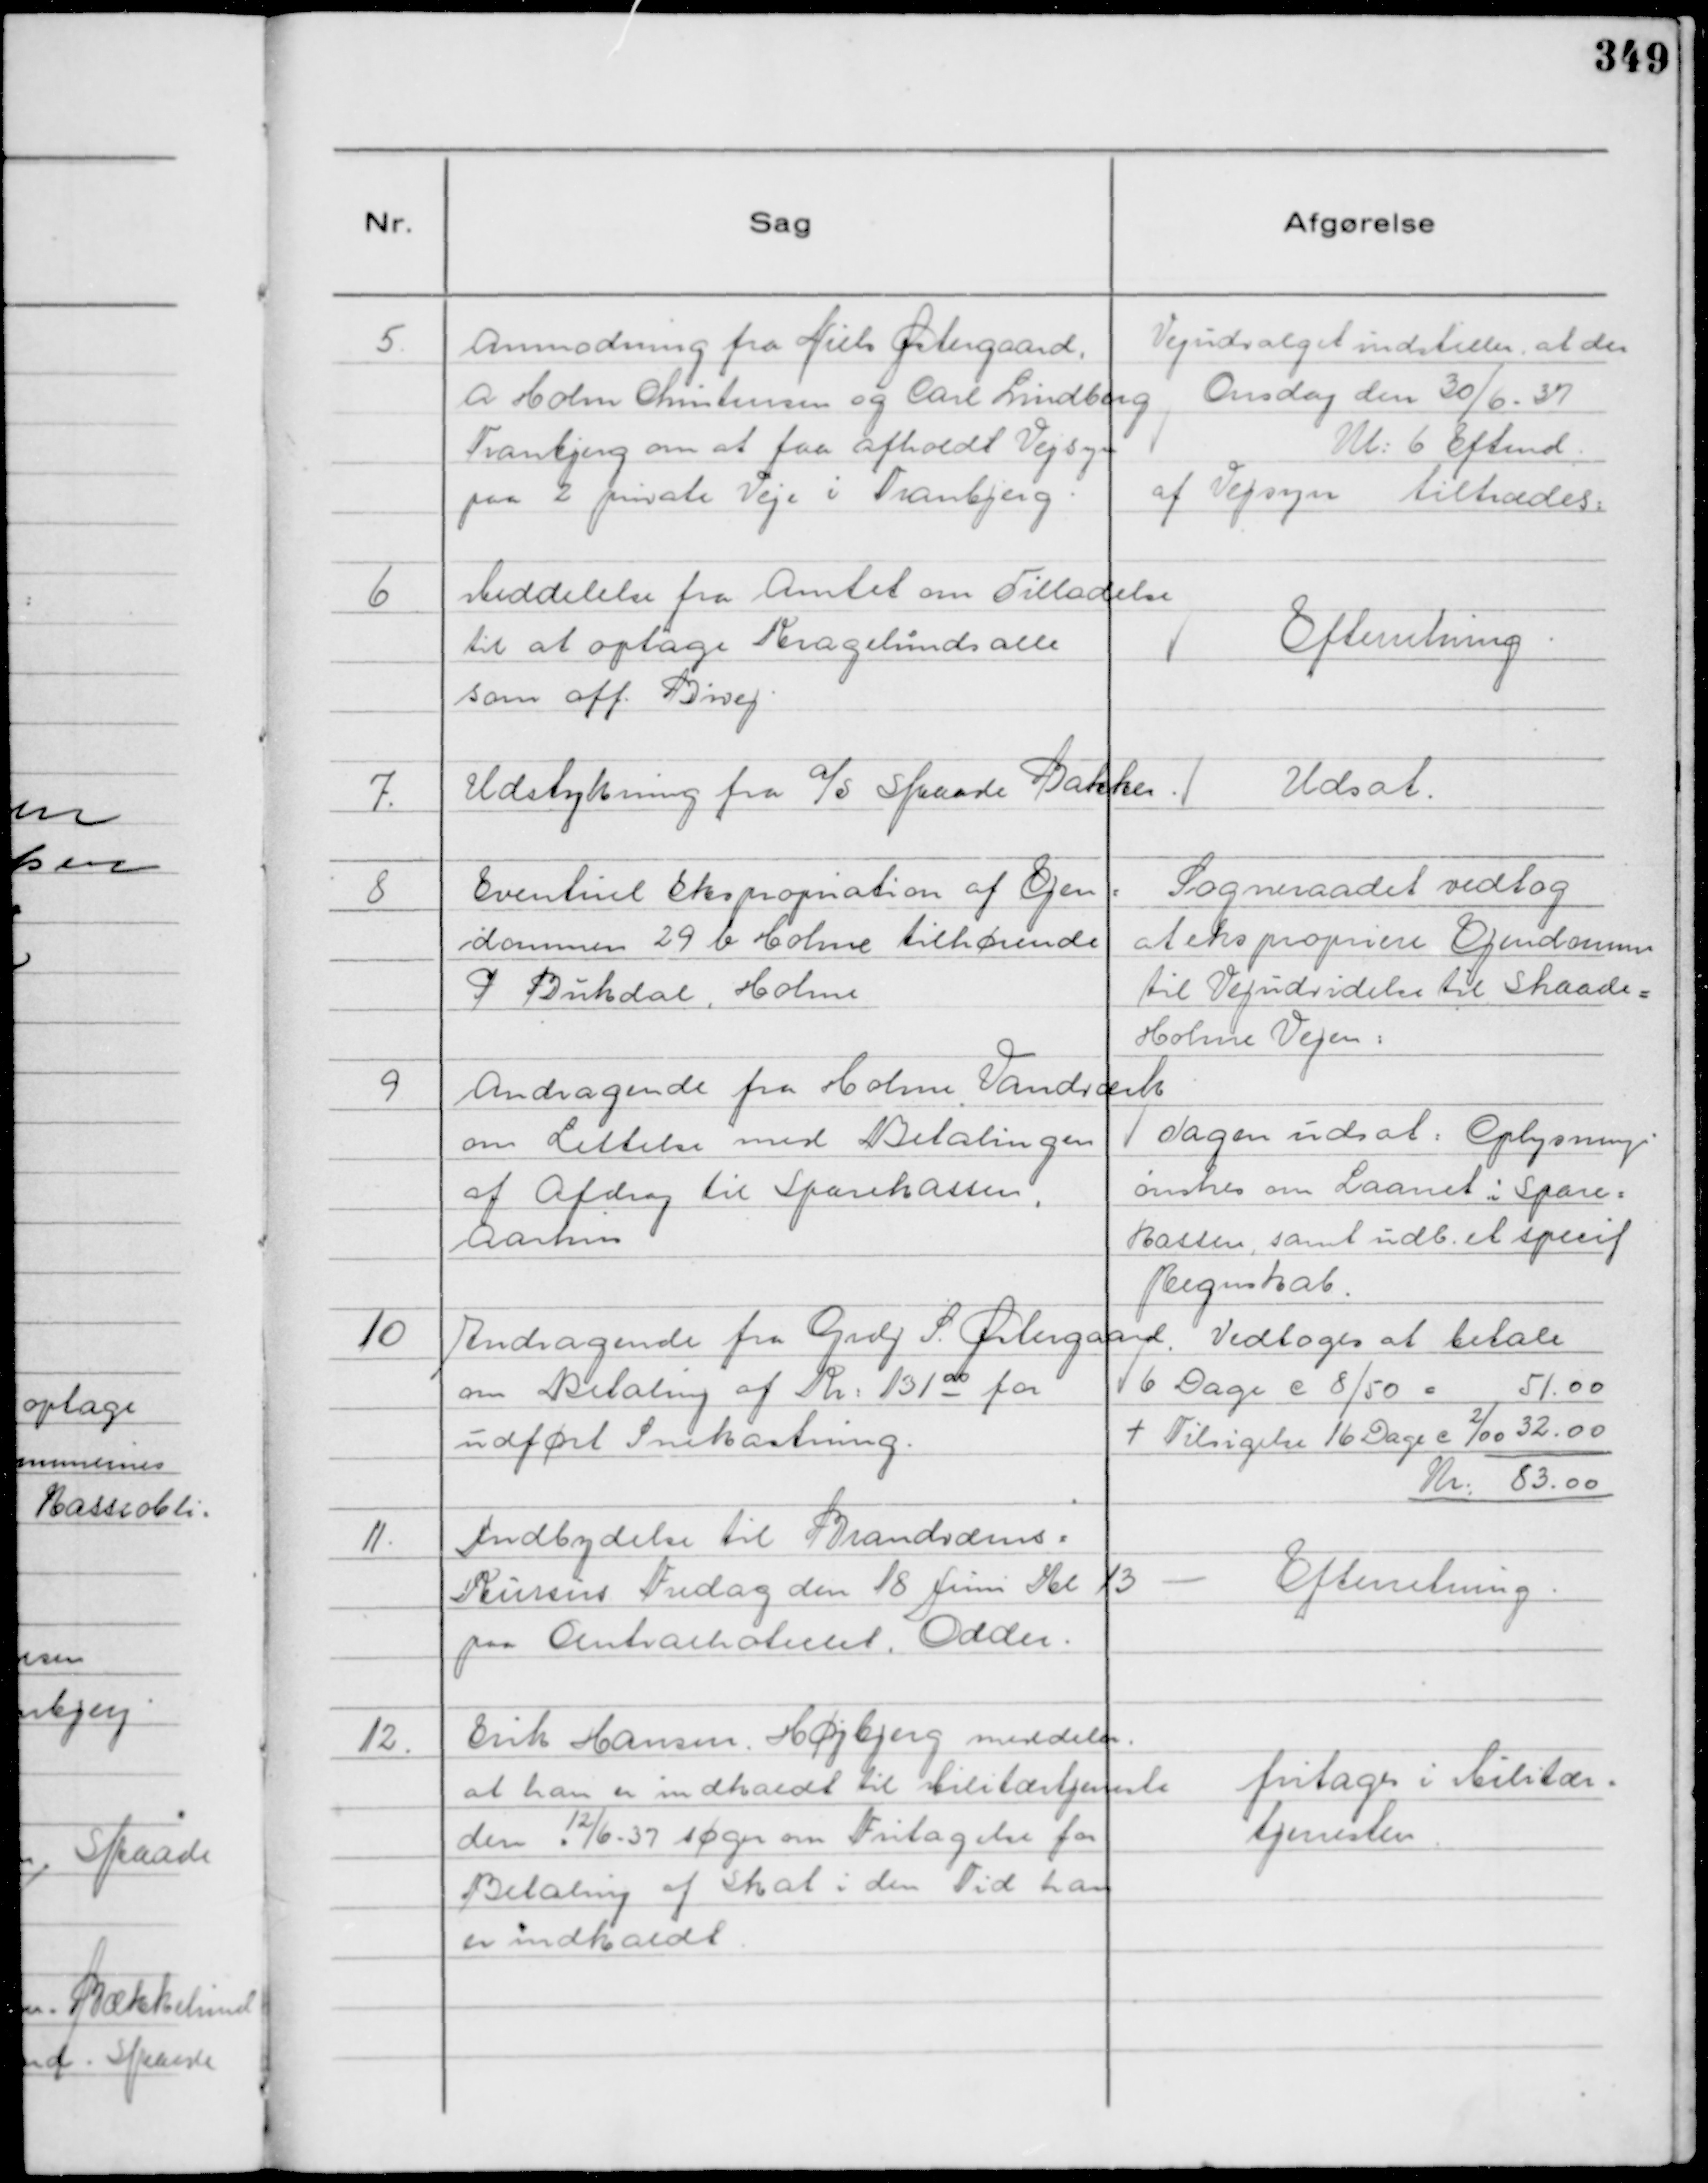
Transskription:
5
Anmodning fra Niels Østergaard,
A Holm Christensen og Carl Lindberg
Tranbjerg om at faa afholdt Vejsyn
paa 2 private Veje i Tranbjerg.

Vejudvalget indstiller, at der
Onsdag den 30/6 - 37
Kl: 6 Eftmd.
af Vejsyn tiltrædes:

6
Meddelelse fra Amtet om Tilladelse
til at optage Kragelundsalle
som off. Bivej.

Efterretning.

7.
Udstykning fra

A/S Skaade Bakker.

Udsat.

8
Eventuel Ekspropriation af Ejen=
dommen 29 b Holme tilhørende
P Bukdal, Holme

Sogneraadet vedtog
at ekspropriere Ejendommen
til Vejudvidelse til Skaade -
Holme Vejen:

9
Andragende fra Holme Vandværk
om Lettelse med Betalingen
af Afdrag til Sparekassen,
Aarhus

Sagen udsat: Oplysning
ønskes om Laanet i Spare=
kassen, samt udb. et specif
Regnskab.

10
Andragende fra Grdj S. Østergaard.
om Betaling af Kr: 131 00 for
udført Snekastning.

Vedtoges at betale
6 Dage c 8/50 = 51.00
+ Tilsigelse 16 Dage c

2/00 32.00
Kr: 83.00

11.
Indbydelse til Brandvæens=
Kursus Fredag den 18 Juni Kl 13
paa Centralhotellet, Odder.

-
Efterretning.

12.
Erik Hansen, Højbjerg meddeler,
at han er indkaldt til Militærtjeneste
den

12/6 - 37 søger om Fritagelse for
Betaling af Skat i den Tid han
er indkaldt

fritages i Militær=
tjenesten